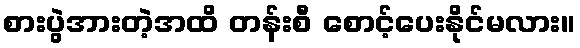
စားပွဲအားတဲ့အထိ တန်းစီ စောင့်ပေးနိုင်မလား။